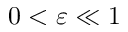
0 < \varepsilon \ll 1